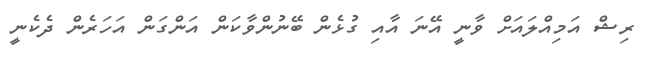
ރިޝް އަމިއްލައަށް ވާނީ އޭނަ އާއި ގުޅެން ބޭނުންވާކަން އަންގަން އަހަރެން ދެކެނީ